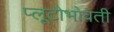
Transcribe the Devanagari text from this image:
प्लूटोभोवती